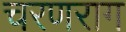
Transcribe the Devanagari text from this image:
चरणराग